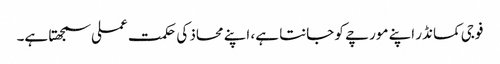
فوجی کمانڈر اپنے مورچے کو جانتا ہے، اپنے محاذ کی حکمت عملی سمجھتا ہے۔